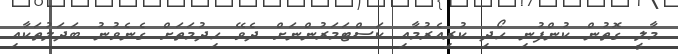
މާލީ ގޮތުން ކުންފުނި ހޯދި ކުރިއެރުމާއި ކަސްޓަމަރުންނަށް ދެވޭ ހިދުމަތަށް ގެނެވުނު ބަދަލުތަކާއި